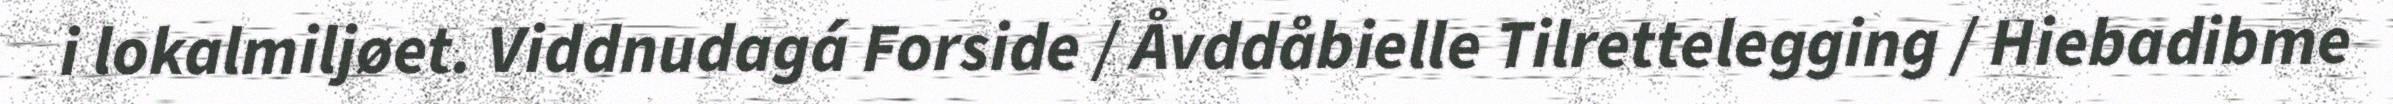
i lokalmiljøet. Viddnudagá Forside / Åvddåbielle Tilrettelegging / Hiebadibme